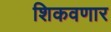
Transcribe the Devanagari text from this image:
शिकवणार